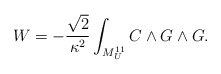
\begin{align*}W = - {\sqrt{2} \over \kappa^2} \int_{M^{11}_U} C \wedge G \wedge G.\end{align*}